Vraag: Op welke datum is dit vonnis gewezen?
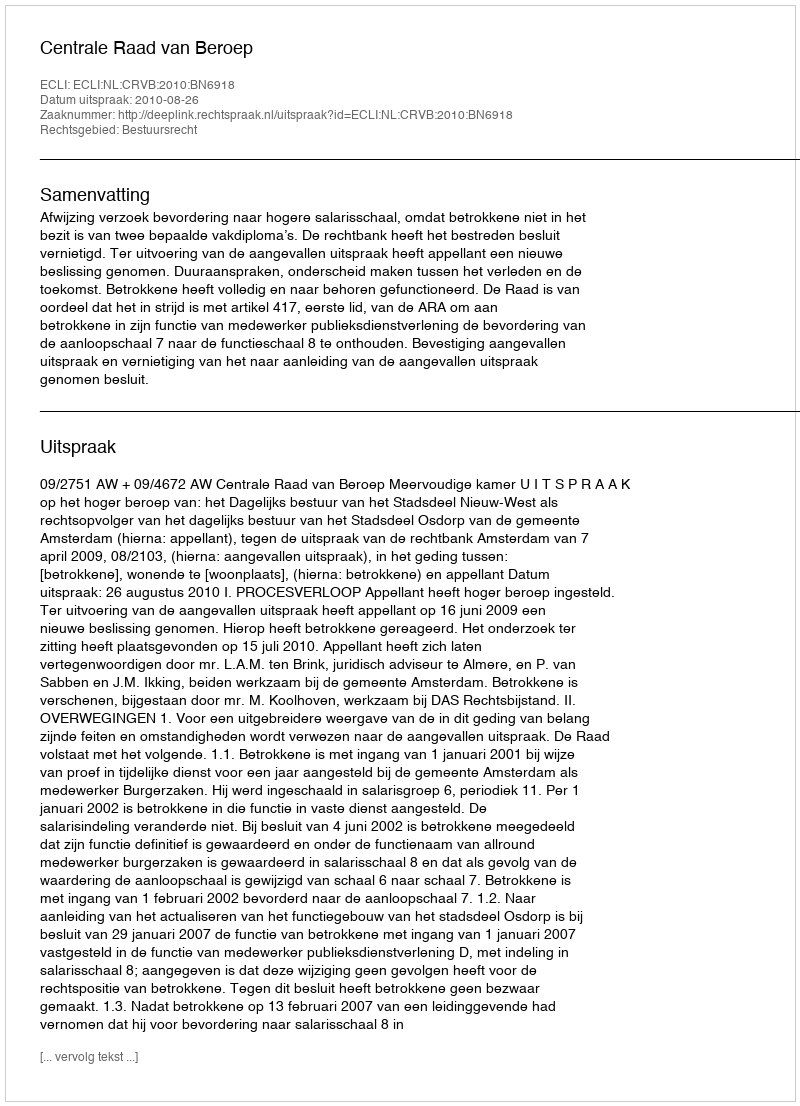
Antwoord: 2010-08-26